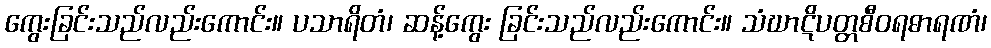
ကွေးခြင်းသည်လည်းကောင်း။ ပသာရိတံ၊ ဆန့်ကွေး ခြင်းသည်လည်းကောင်း။ သံဃာဋိပတ္တစီဝရဓာရဏံ၊